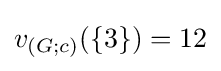
v_{(G;c)}(\{3\})=12